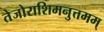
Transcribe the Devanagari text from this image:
तेजोराशिमनुत्तमम्